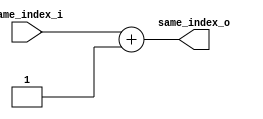
/******************************************************************
*Module name : same_i
*Type        : Verilog Module
*
*Description : counter for same convolution indexes
*------------------------------------------------------------------
*	clocks    : none
*	reset		 : none
* 
*Parameters  : none
*
******************************************************************/

module same_i(
	input [4:0] same_index_i,
	
	output [4:0] same_index_o);
	
assign same_index_o = same_index_i + 5'b00001;

endmodule